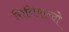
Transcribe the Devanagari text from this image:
सिनिबाल्दो